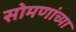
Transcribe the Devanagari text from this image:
सोमणांच्या